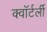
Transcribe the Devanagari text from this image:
क्वॉर्टर्ली